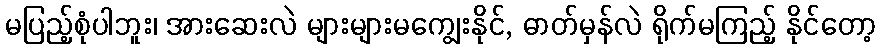
မပြည့်စုံပါဘူး၊ အားဆေးလဲ များများမကျွေးနိုင်, ဓာတ်မှန်လဲ ရိုက်မကြည့် နိုင်တော့